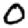
Digit: 0